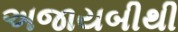
અજાયબીથી